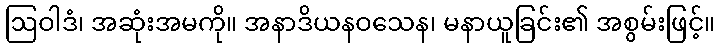
ဩဝါဒံ၊ အဆုံးအမကို။ အနာဒိယနဝသေန၊ မနာယူခြင်း၏ အစွမ်းဖြင့်။